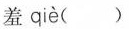
羞 qiè ()